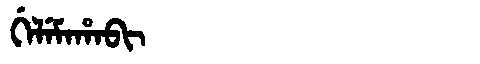
Manchu: ᡤᡝᠯᡝᠮᠠᡥᠠᠪᡳ
Romanization: GELEMAHABI